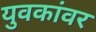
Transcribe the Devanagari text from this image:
युवकांवर